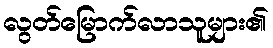
လွတ်မြောက်လာသူများ၏